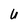
Character: U